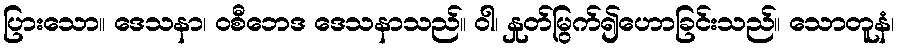
ပြားသော။ ဒေသနာ၊ ဝစီဘေဒ ဒေသနာသည်။ ဝါ၊ နှုတ်မြွက်၍ဟောခြင်းသည်။ သောတူနံ၊